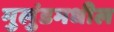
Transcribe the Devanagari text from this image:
मुलुंडमधील